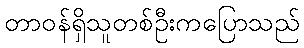
တာဝန်ရှိသူတစ်ဦးကပြောသည်